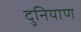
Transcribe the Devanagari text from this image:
दुनियाण